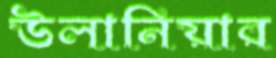
উলানিয়ার